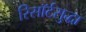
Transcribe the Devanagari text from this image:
रिसॉर्टसुद्धा